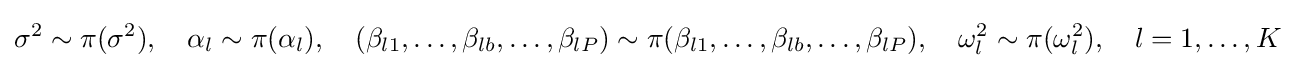
\sigma ^{2}\sim \pi (\sigma ^{2}),\quad \alpha _{l}\sim \pi (\alpha _{l}),\quad (\beta _{l1},\ldots ,\beta _{lb},\ldots ,\beta _{lP})\sim \pi (\beta _{l1},\ldots ,\beta _{lb},\ldots ,\beta _{lP}),\quad \omega _{l}^{2}\sim \pi (\omega _{l}^{2}),\quad l=1,\ldots ,K